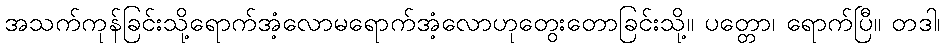
အသက်ကုန်ခြင်းသို့ရောက်အံ့လောမရောက်အံ့လောဟုတွေးတောခြင်းသို့။ ပတ္တော၊ ရောက်ပြီ။ တဒါ၊